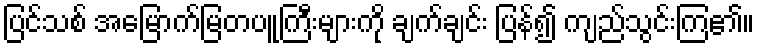
ပြင်သစ် အမြောက်မြတပူကြီးများကို ချက်ချင်း ပြန်၍ ကျည်သွင်းကြ၏။